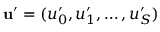
{ \bf u } ^ { \prime } = ( u _ { 0 } ^ { \prime } , u _ { 1 } ^ { \prime } , \dots , u _ { S } ^ { \prime } )